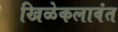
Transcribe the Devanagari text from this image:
खिळेकलावंत